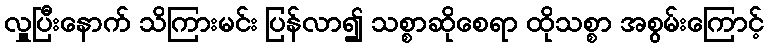
လှူပြီးနောက် သိကြားမင်း ပြန်လာ၍ သစ္စာဆိုစေရာ ထိုသစ္စာ အစွမ်းကြောင့်